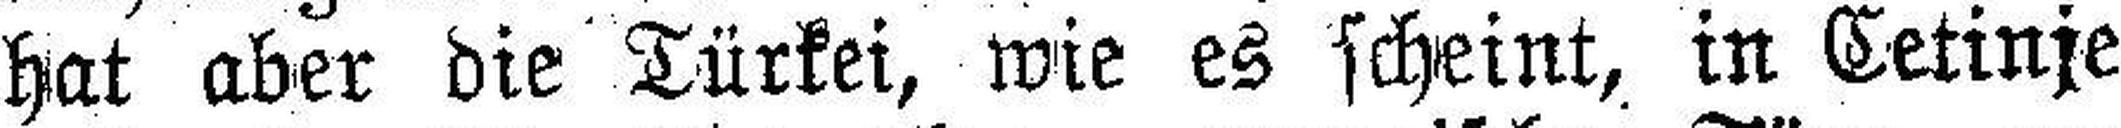
hat aber die Türkei, wie es scheint, in Cetinje